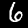
Digit: 6